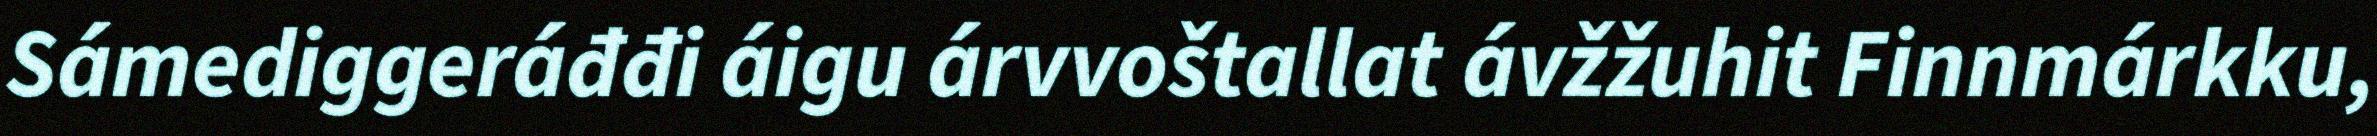
Sámediggeráđđi áigu árvvoštallat ávžžuhit Finnmárkku,